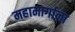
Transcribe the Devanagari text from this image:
महामार्गाना